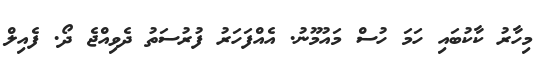
މިހާރު ކާކުބައި ހަމަ ހުސް މައުމޫނު. އެއްފަހަރު ފުރުސަތު ދެވިއްޖެ ދޯ. ފެއިލް